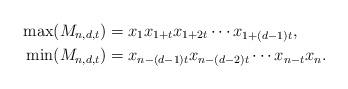
LaTeX: \begin{align*}\max(M_{n,d,t})& = x_1x_{1+t}x_{1+2t}\cdots x_{1+(d-1)t}, \\\min(M_{n,d,t})& = x_{n-(d-1)t}x_{n-(d-2)t}\cdots x_{n-t}x_n.\end{align*}